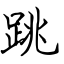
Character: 跳